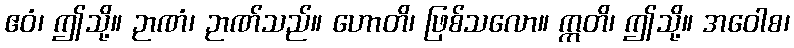
ဧဝံ၊ ဤသို့။ ဉာဏံ၊ ဉာဏ်သည်။ ဟောတိ၊ ဖြစ်သလော။ ဣတိ၊ ဤသို့။ အဝေါစ၊